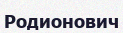
Родионович